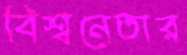
বিশ্বনেতার